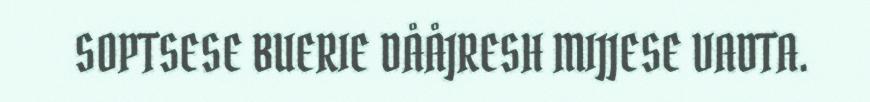
SOPTSESE BUERIE DÅÅJRESH MIJJESE VADTA.